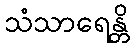
သံသာရေန္တိ